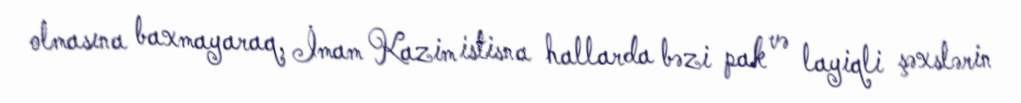
olmasına baxmayaraq, İmam Kazim istisna hallarda bəzi pak və layiqli şəxslərin